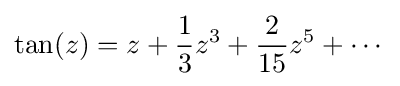
\tan(z)=z+{\frac {1}{3}}z^{3}+{\frac {2}{15}}z^{5}+\cdots